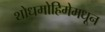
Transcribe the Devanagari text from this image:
शोधमोहिमेमधून